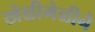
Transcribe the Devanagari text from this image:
खेळीमेळीने